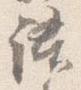
語